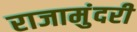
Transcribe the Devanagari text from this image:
राजामुंदरी